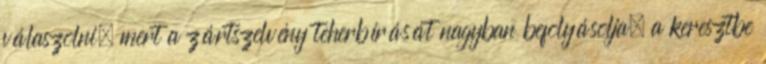
válaszolni, mert a zártszelvény teherbírását nagyban befolyásolja, a keresztbe